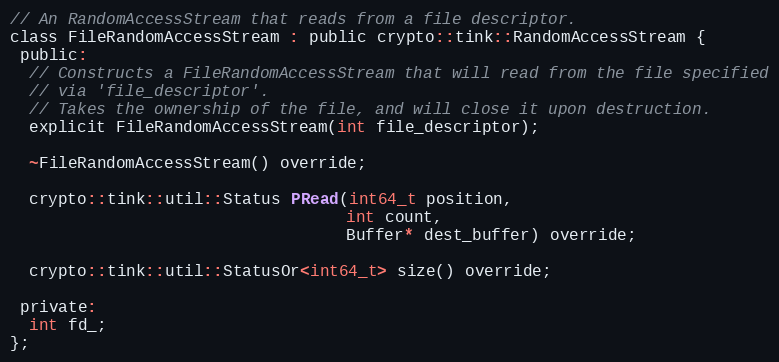
Language: C
// An RandomAccessStream that reads from a file descriptor.
class FileRandomAccessStream : public crypto::tink::RandomAccessStream {
 public:
  // Constructs a FileRandomAccessStream that will read from the file specified
  // via 'file_descriptor'.
  // Takes the ownership of the file, and will close it upon destruction.
  explicit FileRandomAccessStream(int file_descriptor);

  ~FileRandomAccessStream() override;

  crypto::tink::util::Status PRead(int64_t position,
                                   int count,
                                   Buffer* dest_buffer) override;

  crypto::tink::util::StatusOr<int64_t> size() override;

 private:
  int fd_;
};